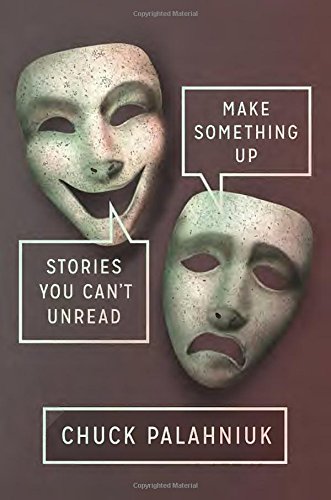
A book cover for Make Something Up: Stories You Can't Unread; Chuck Palahniuk; Humor & Entertainment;